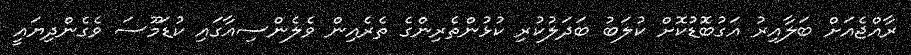
ރާއްޖެއަށް ބަލާއިރު އަގުބޮޑުކޮށް ކުލަބު ބަދަލުކުރި ކުޅުންތެރިންގެ ތެރެއިން ވެލެންސިއާގައި ކުޑަމޫސަ ވެގެންދިޔައީ